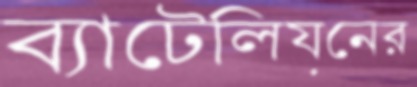
ব্যাটেলিয়নের